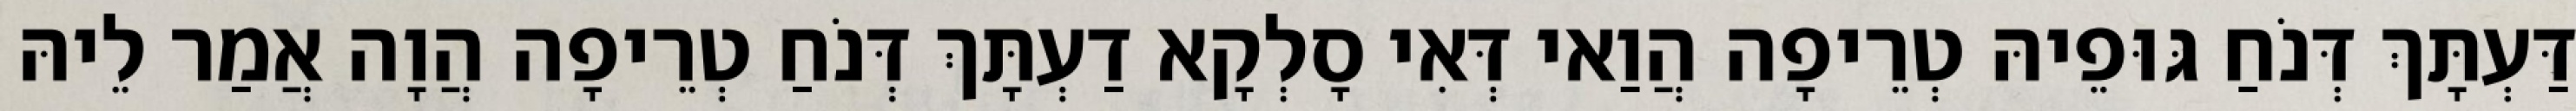
דַּעְתָּךְ דְּנֹחַ גּוּפֵיהּ טְרֵיפָה הֲוַאי דְּאִי סָלְקָא דַעְתָּךְ דְּנֹחַ טְרֵיפָה הֲוָה אֲמַר לֵיהּ